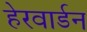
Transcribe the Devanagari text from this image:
हेरवार्डन